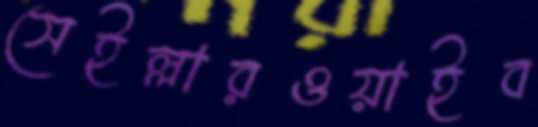
সেইল্লারওয়াইব